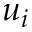
u _ { i }